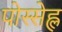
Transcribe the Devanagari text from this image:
पोस्सेह्ल